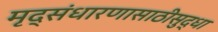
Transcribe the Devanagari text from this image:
मृद्संधारणासाठीसुद्धा